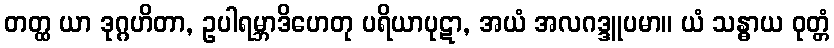
တတ္ထ ယာ ဒုဂ္ဂဟိတာ, ဥပါရမ္ဘာဒိဟေတု ပရိယာပုဋာ, အယံ အလဂဒ္ဒူပမာ။ ယံ သန္ဓာယ ဝုတ္တံ